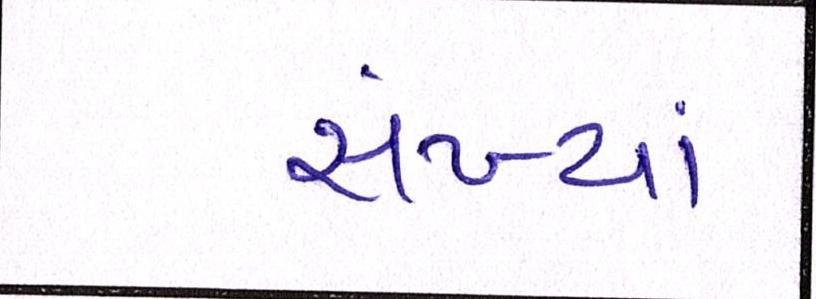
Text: સંખ્યાં